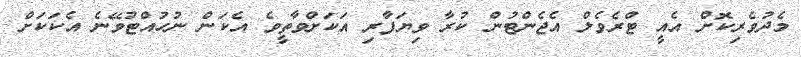
މެދުވެރިކޮށް އެއީ ޓްރެވެލް އެޖެންޓުން ކުރާ ވިޔަފާރި އަކަށްވާތީވެ އެކަން ނުހުއްޓުވޭނެ އެކަކަށް